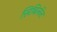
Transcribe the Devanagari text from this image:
सिबिलॅन्ट